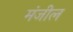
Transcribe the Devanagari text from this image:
मंजील